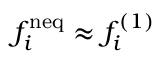
f _ { i } ^ { \mathrm { n e q } } \approx f _ { i } ^ { ( 1 ) }